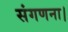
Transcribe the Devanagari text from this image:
संगणना।